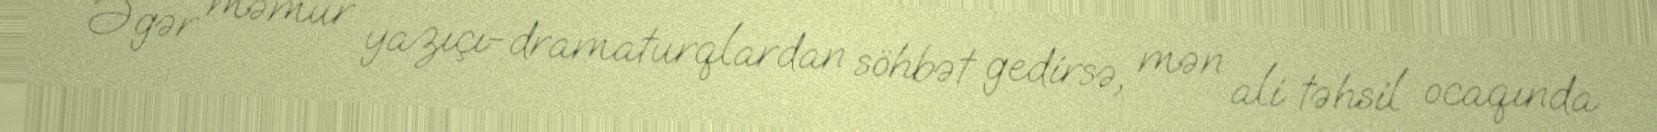
Əgər məmur yazıçı-dramaturqlardan söhbət gedirsə, mən ali təhsil ocaqında